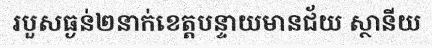
របួសធ្ងន់២នាក់ខេត្តបន្ទាយមានជ័យ ស្ថានីយ